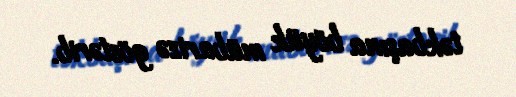
təkbaşına böyük mübarizə göstərib.